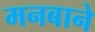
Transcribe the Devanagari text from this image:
मनबाने